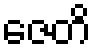
ဇေတိ